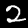
Label: 2